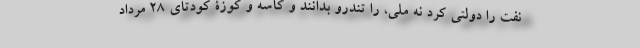
نفت را دولتی کرد نه ملی، را تندرو بدانند و کاسه و کوزۀ کودتای 28 مرداد